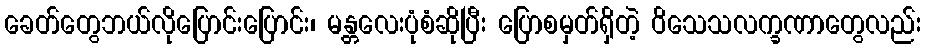
ခေတ်တွေဘယ်လိုပြောင်းပြောင်း၊ မန္တလေးပုံစံဆိုပြီး ပြောစမှတ်ရှိတဲ့ ဝိသေသလက္ခဏာတွေလည်း